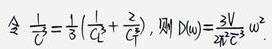
令$\frac{1}{C}=\frac{1}{3}(\frac{1}{C_1}+\frac{2}{C_2})$，则$D(\omega)=\frac{3V}{2\pi^2C^2}\omega^2$。